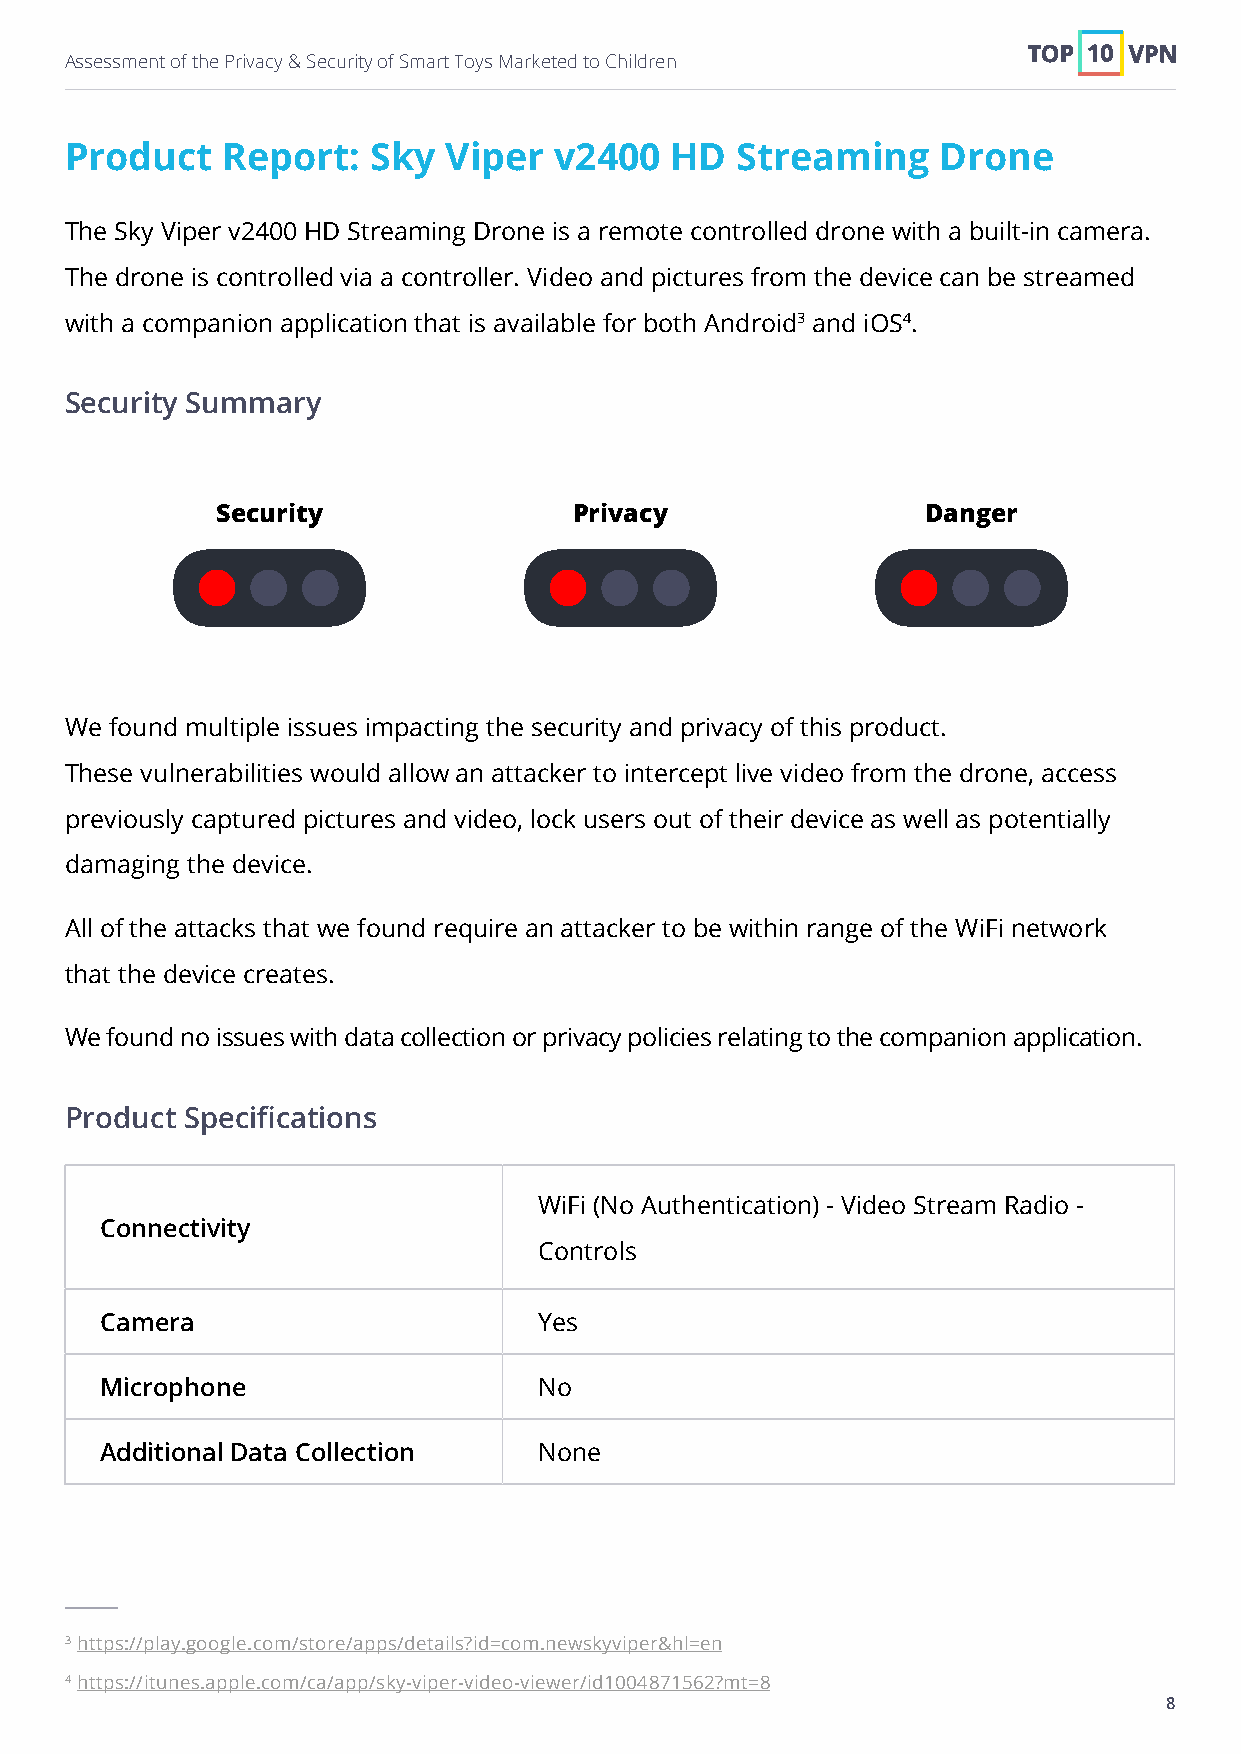
Assessment of the Privacy & Security of Smart Toys Marketed to Children
 Product    Report:  Sky  Viper   v2400  HD   Streaming    Drone
 The Sky Viper v2400 HD Streaming Drone is a remote controlled drone with a built-in camera.
 The drone is controlled via a controller. Video and pictures from the device can be streamed
 with a companion application that is available for both Android3 and iOS4.
 Security Summary
 Security                Privacy                Danger
 We found multiple issues impacting the security and privacy of this product.
 These vulnerabilities would allow an attacker to intercept live video from the drone, access
 previously captured pictures and video, lock users out of their device as well as potentially
 damaging the device.
 All of the attacks that we found require an attacker to be within range of the WiFi network
 that the device creates.
 We found no issues with data collection or privacy policies relating to the companion application.
 Product Specifications
 WiFi (No Authentication) - Video Stream Radio -
 Connectivity
 Controls
 Camera                       Yes
 Microphone                   No
 Additional Data Collection   None
 3 https://play.google.com/store/apps/details?id=com.newskyviper&hl=en
 4 https://itunes.apple.com/ca/app/sky-viper-video-viewer/id1004871562?mt=8
 8